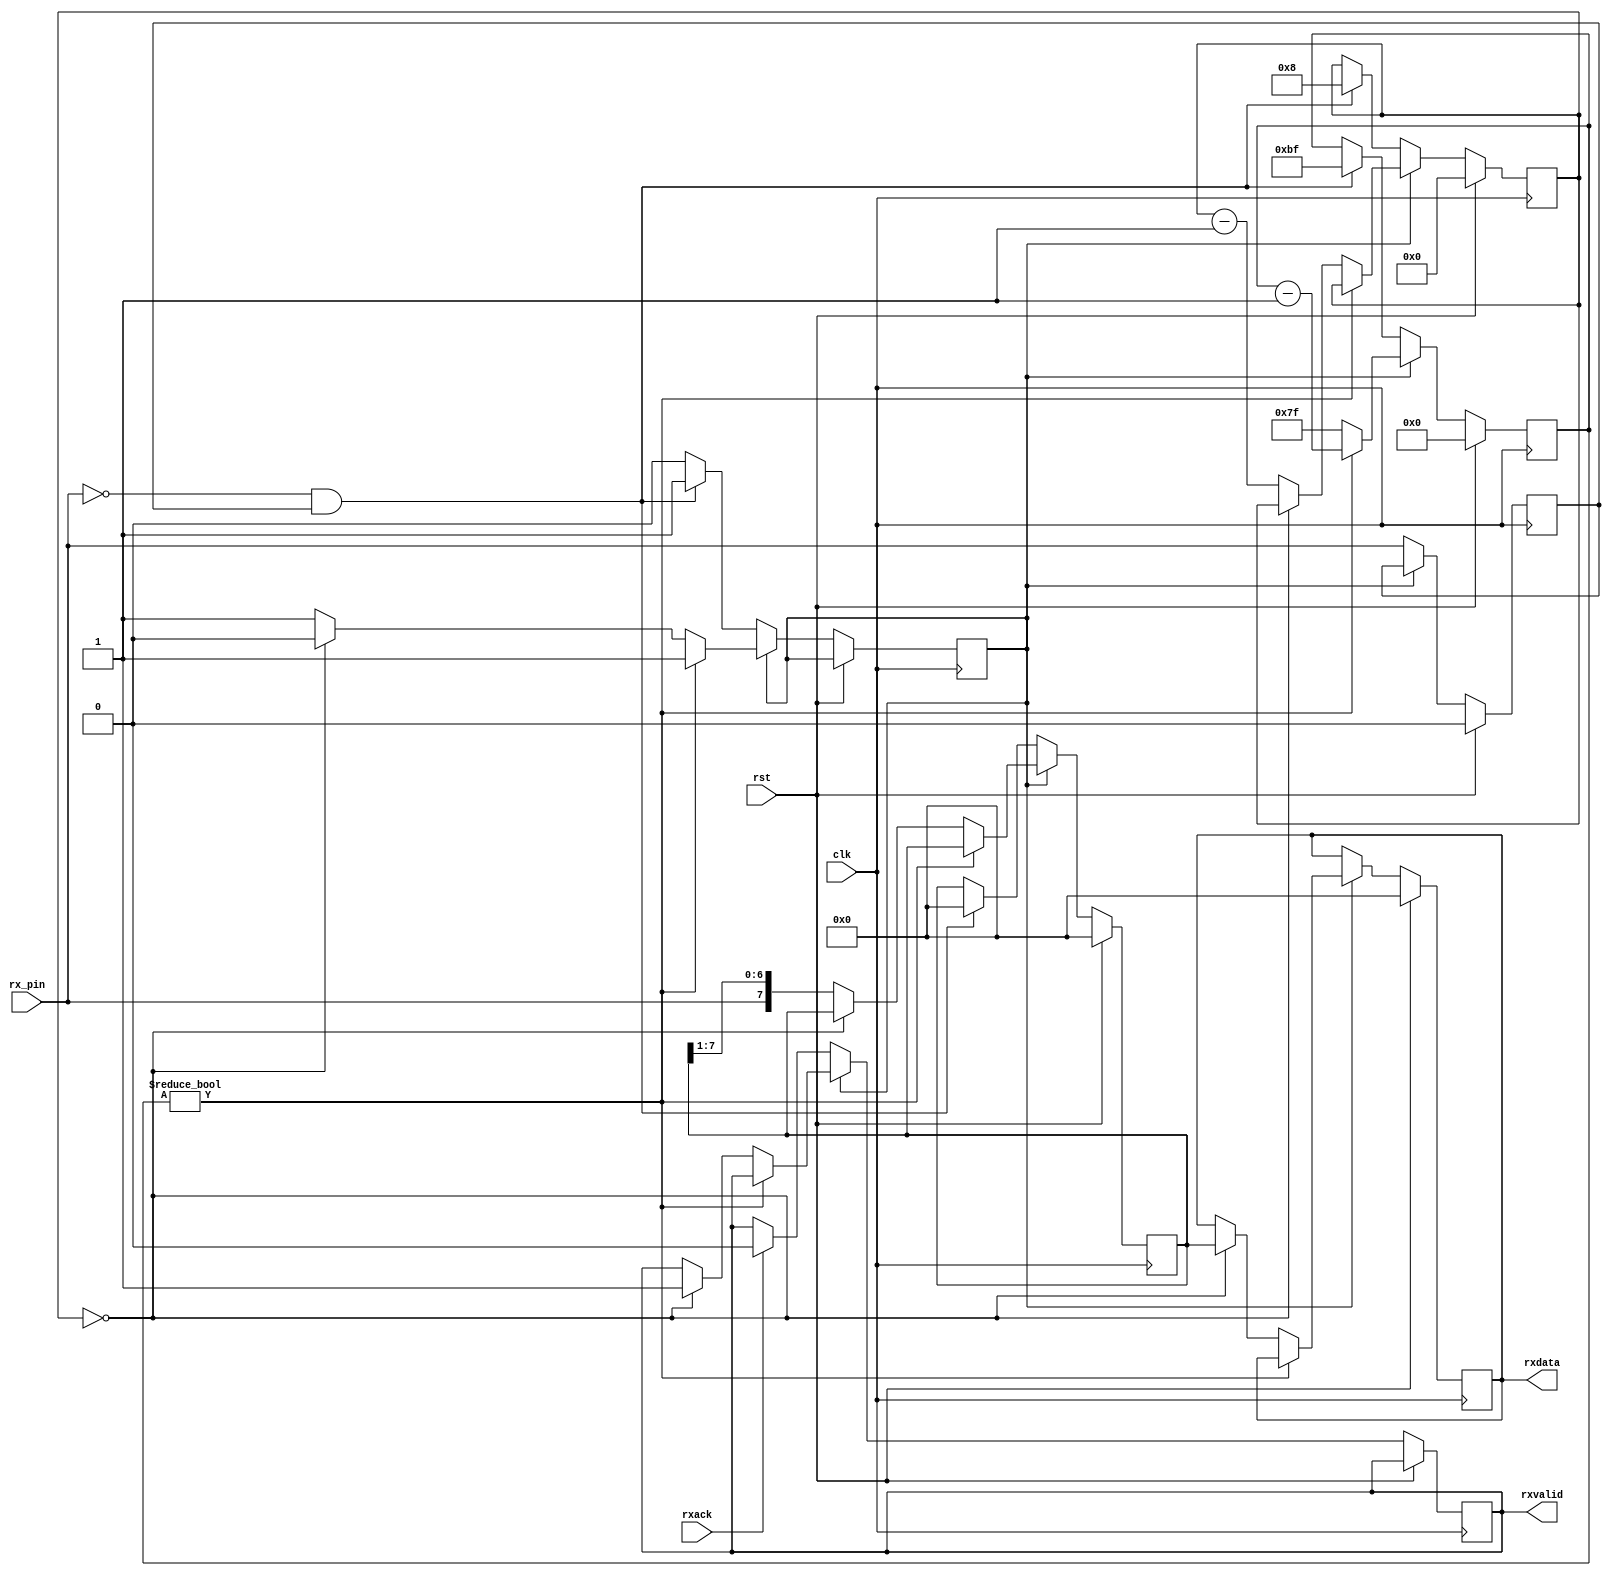
module uart_rx #(
  parameter CLKDIV = 128
)(
  input clk,
  input rst,
  input rx_pin,
  output [7:0] rxdata,
  output rxvalid,
  input rxack  
);

// ----------------------------------------------------------------------------
localparam integer HALF_PERIOD = CLKDIV/2;
reg [$clog2(3*HALF_PERIOD):0] rxcnt;

// ----------------------------------------------------------------------------
reg rx_pin_d;
reg rx_busy_reg;
reg [3:0] bitcnt;
reg [7:0] rxdata_reg;

// ----------------------------------------------------------------------------
// 
// ----------------------------------------------------------------------------
always @(posedge clk) begin
  // --------------------------------------------------------------------------
  if(rst == 1) begin
    rxcnt <= 0;
    bitcnt <= 0;
    rxdata <= 0;
    rx_pin_d <= 0;
    rxdata_reg <= 0;
  // --------------------------------------------------------------------------
  //
  // --------------------------------------------------------------------------
  end else if(!rx_busy_reg) begin        
    if((rx_pin == 0)&&(rx_pin_d == 1)) begin
      bitcnt <= 8;
      rxdata_reg <= 0;
      rx_busy_reg <= 1;
      rxcnt <= ((3*HALF_PERIOD)-1);    
    end
    rx_pin_d <= rx_pin;
    if(rxack) begin
      rxvalid <= 0;  
    end
  // --------------------------------------------------------------------------
  //
  // --------------------------------------------------------------------------
  end else if(rxcnt) begin
    rxcnt <= rxcnt - 1;
  // --------------------------------------------------------------------------
  // 
  // --------------------------------------------------------------------------
  end else begin
    rxcnt <= (CLKDIV-1);
    if(bitcnt == 0) begin
      rxvalid <= 1;
      rx_busy_reg <= 0;
      rxdata <= rxdata_reg;
    end else begin
      bitcnt <= bitcnt - 1;      
      rxdata_reg <= {rx_pin, rxdata_reg[7:1]};
    end
  end
end

endmodule